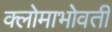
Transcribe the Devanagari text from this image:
क्लोमाभोवती